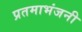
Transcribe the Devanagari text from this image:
प्रतमाभंजनी